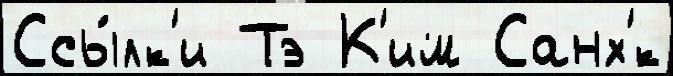
Ссы́лк'и Тэ К'им Санх'́к